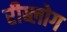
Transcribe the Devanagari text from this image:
रीब्लोग